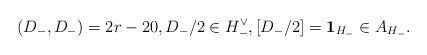
LaTeX: \begin{align*}(D_-, D_-)=2r-20, D_-/2\in H_-^{\vee}, [D_-/2] = \bold{1}_{H_-} \in A_{H_-}. \end{align*}